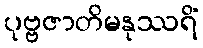
ပုဗ္ဗဇာတိမနုဿရိံ